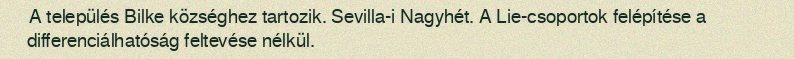
A település Bilke községhez tartozik. Sevilla-i Nagyhét. A Lie-csoportok felépítése a differenciálhatóság feltevése nélkül.